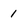
Character: 1